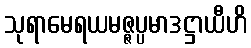
သုရာမေရယမဇ္ဇပ္ပမာဒဋ္ဌာယီဟိ